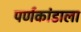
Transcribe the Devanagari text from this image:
पर्णकांडाला